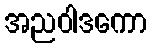
အညဝါဒကော